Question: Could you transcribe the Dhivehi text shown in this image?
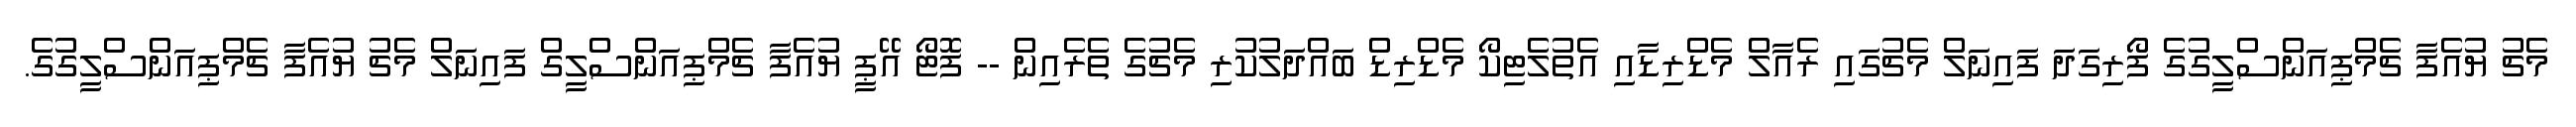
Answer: މެޗު ޔުއެފާ ޗެމްޕިއަންސްލީގުގެ ފޯރިގަދަ ފައިނަލް މެޗުގައި ރެއާލް މެޑްރިޑާއި އެތުލެޓިކޯ މެޑްރިޑް ބައްދަލުކުރި މެޗުގެ ތެރެއިން -- ފޮޓޯ އޭޕީ ޔުއެފާ ޗެމްޕިއަންސްލީގް ފައިނަލް މެޗު ޔުއެފާ ޗެމްޕިއަންސްލީގުގެ.